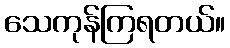
သေကုန်ကြရတယ်။